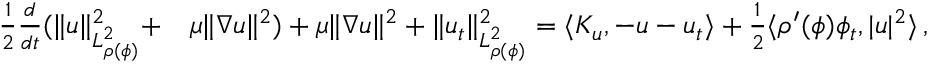
\begin{array} { r l } { \frac { 1 } { 2 } \frac { d } { d t } ( \| u \| _ { L _ { \rho ( \phi ) } ^ { 2 } } ^ { 2 } + } & { \mu \| \nabla u \| ^ { 2 } ) + \mu \| \nabla u \| ^ { 2 } + \| u _ { t } \| _ { L _ { \rho ( \phi ) } ^ { 2 } } ^ { 2 } = \langle K _ { u } , - u - u _ { t } \rangle + \frac { 1 } { 2 } \langle \rho ^ { \prime } ( \phi ) \phi _ { t } , | u | ^ { 2 } \rangle \, , } \end{array}